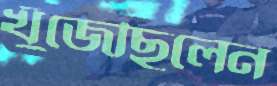
খুঁজেছিলেন